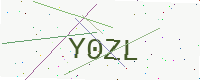
Text: Y0ZL